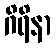
ဂိရိနာ